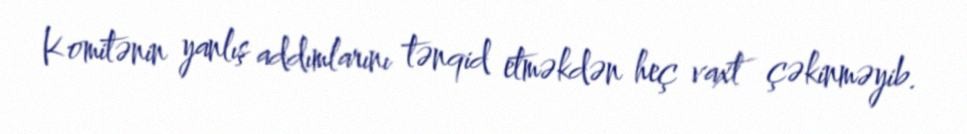
Komitənin yanlış addımlarını tənqid etməkdən heç vaxt çəkinməyib.